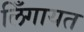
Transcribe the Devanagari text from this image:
लिँगायत